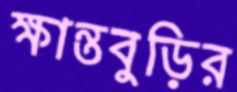
ক্ষান্তবুড়ির